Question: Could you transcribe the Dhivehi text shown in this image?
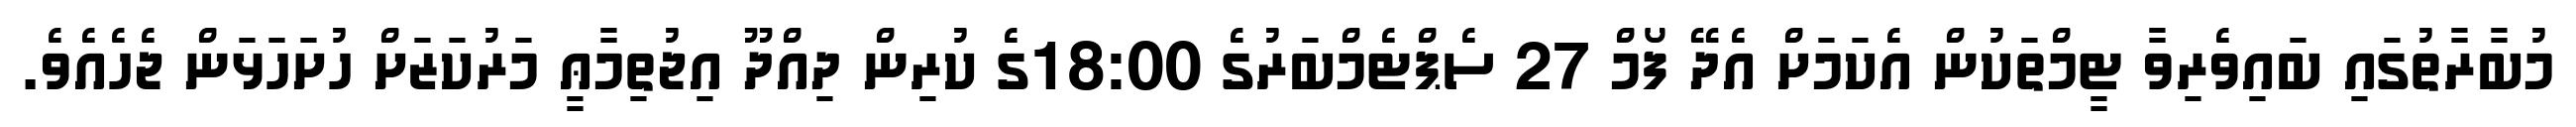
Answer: މުބާރާތުގައި ބައިވެރިވާ ޓީމްތަކުން އެކަމަށް އެދޭ ފޯމް 27 ސެޕްޓެމްބަރުގެ 18:00ގެ ކުރިން ދިއްދޫ އިޖުތިމާޢީ މަރުކަޒަށް ހުށަހަޅަން ޖެހެއެވެ.